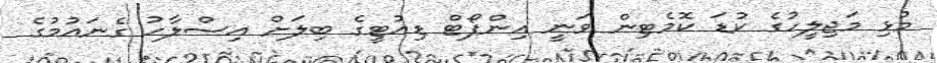
މުޅި މަޖިލީހުގެ ކުޑަ ކޮމެޓިން ވަނީ އިންޕޯޓް ޑިއުޓީގެ ބިލަށް އިސްލާހު ގެނައުމުގެ